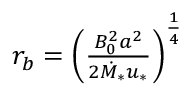
\begin{array} { r } { r _ { b } = \left( \frac { B _ { 0 } ^ { 2 } a ^ { 2 } } { 2 \dot { M } _ { * } u _ { * } } \right) ^ { \frac { 1 } { 4 } } } \end{array}